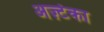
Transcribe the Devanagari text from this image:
अज़्टेका